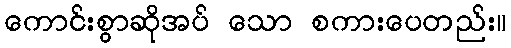
ကောင်းစွာဆိုအပ် သော စကားပေတည်း။